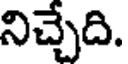
నిచ్చేది.